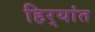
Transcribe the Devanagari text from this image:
हिर्‍यांत